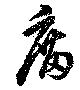
廟